65_HS1-834228961_62-HQ-83894_Section_5
Agency: FBI
Page 116
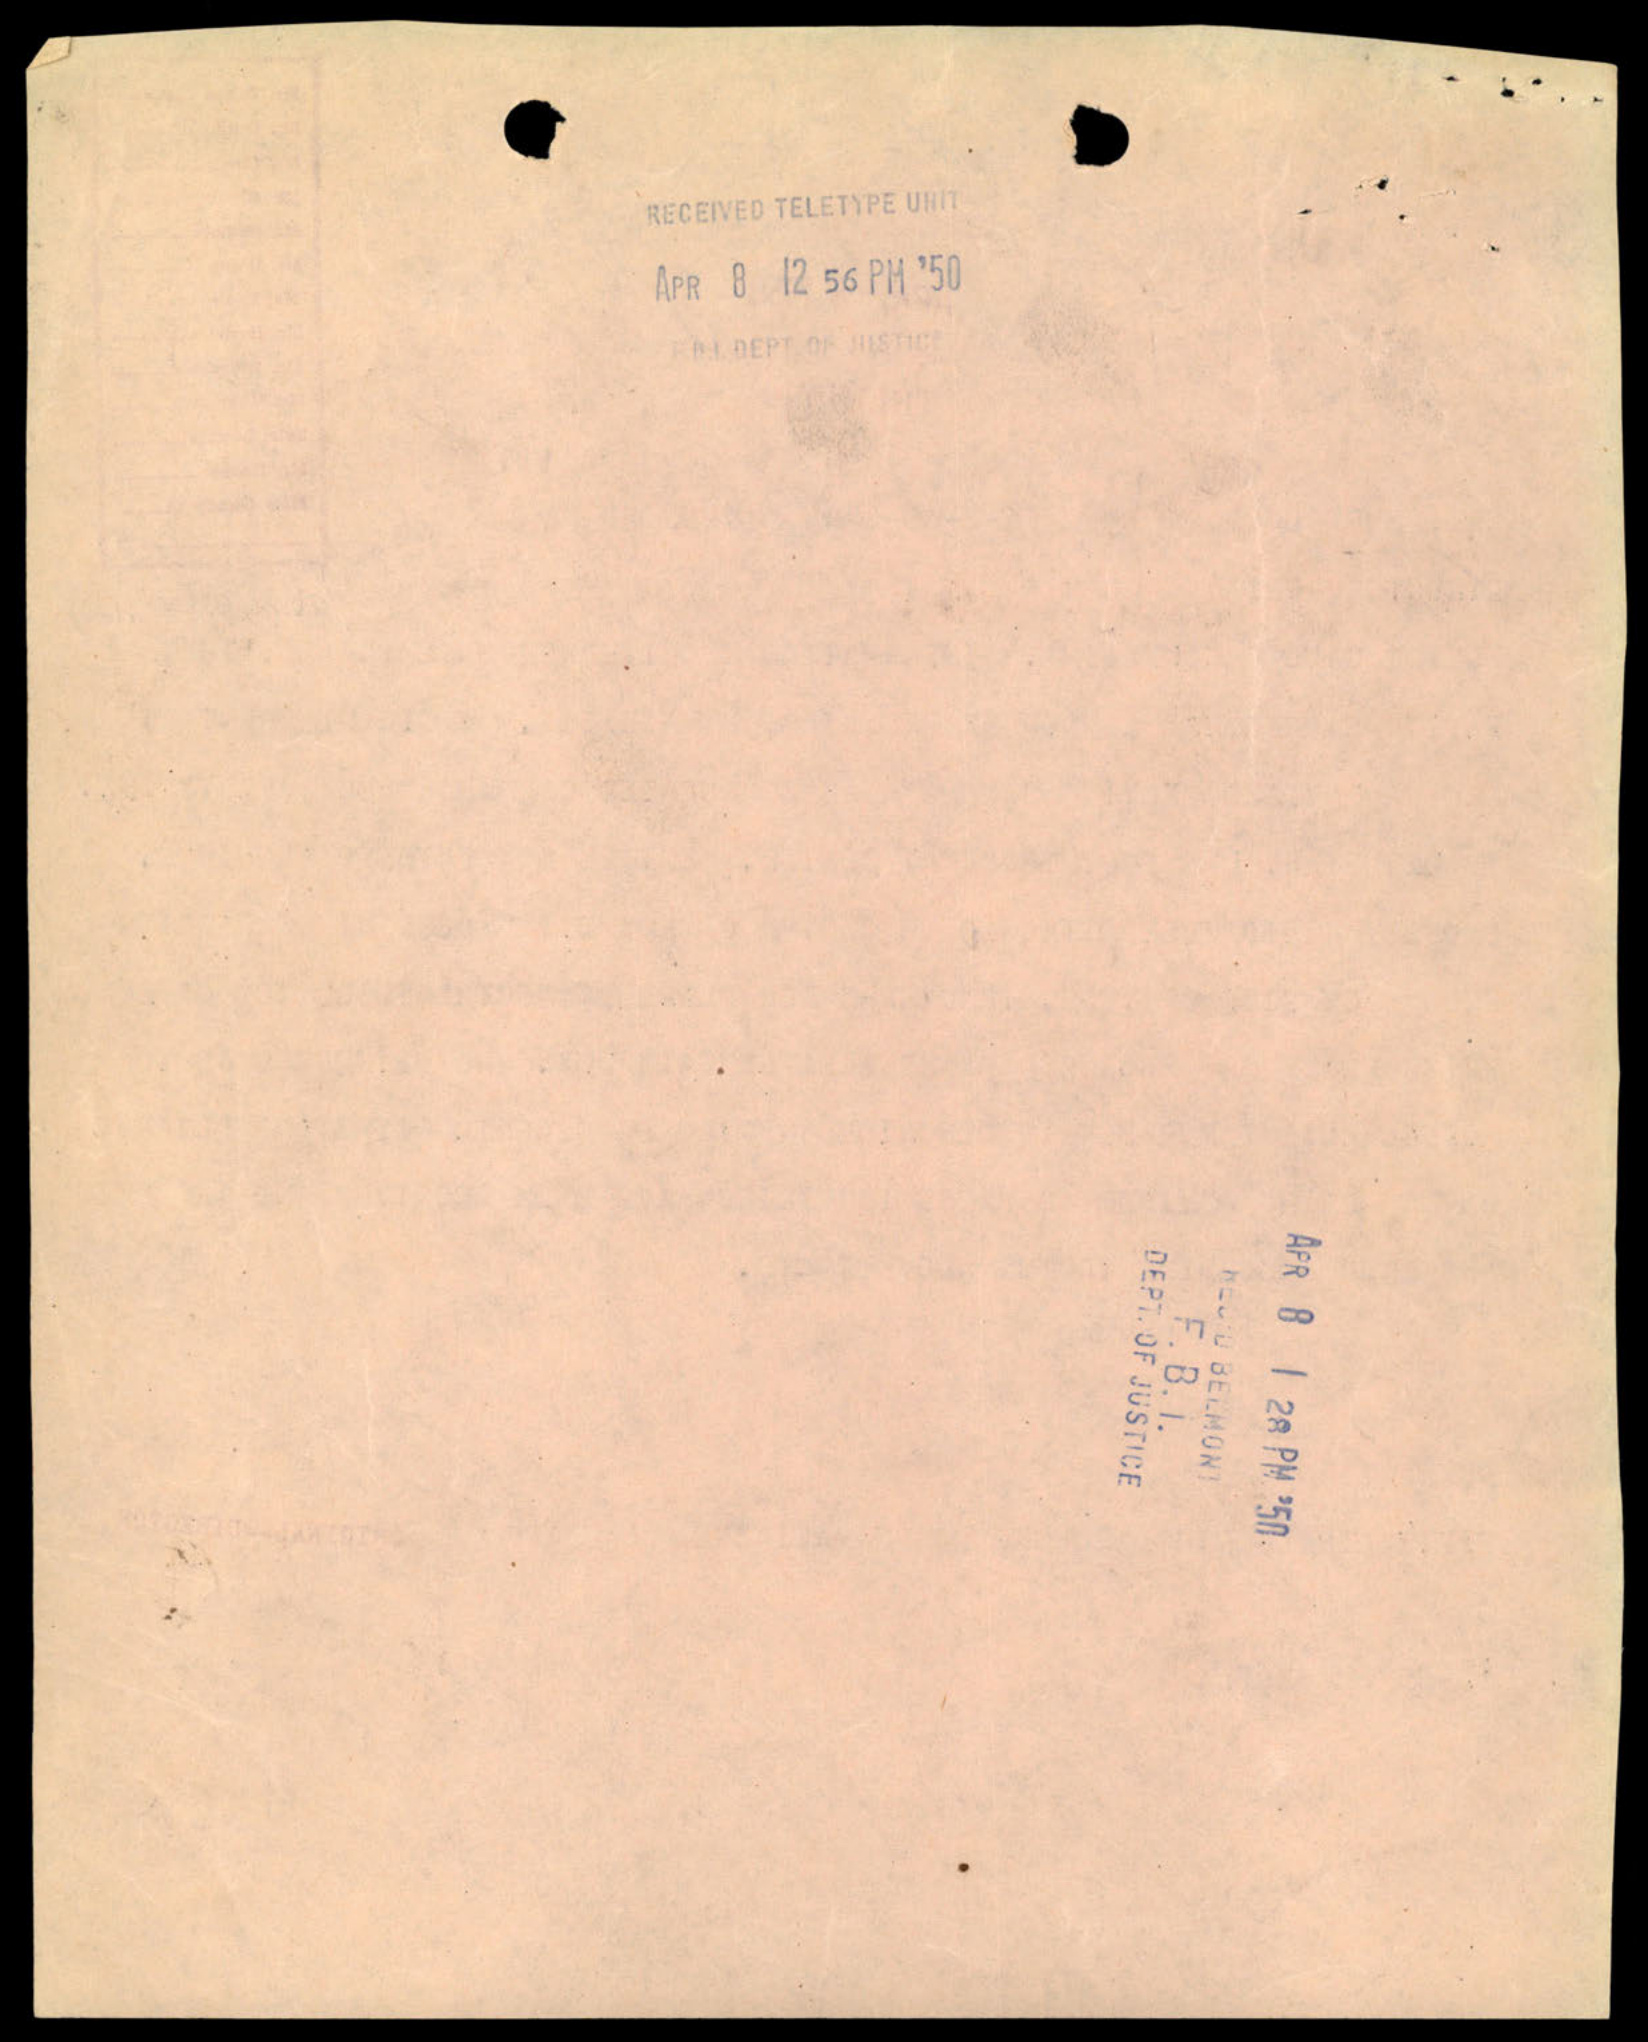